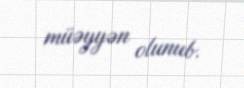
müəyyən olunub.